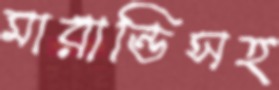
মারান্ডিসহ